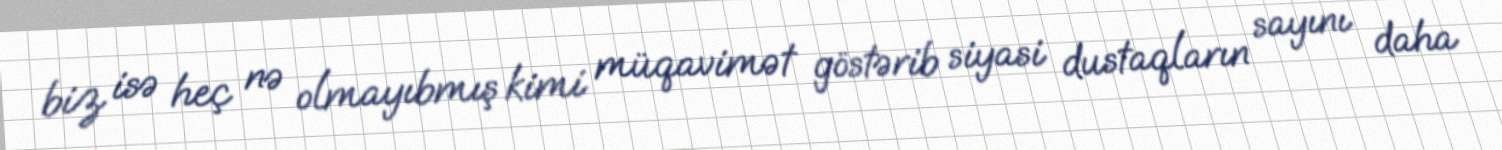
biz isə heç nə olmayıbmış kimi müqavimət göstərib siyasi dustaqların sayını daha